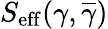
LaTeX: S_{\mathrm{{eff}}}(\gamma,\overline{{\gamma}})